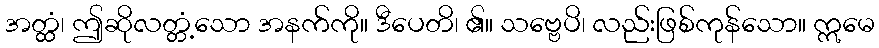
အတ္ထံ၊ ဤဆိုလတ္တံ့သော အနက်ကို။ ဒီပေတိ၊ ၏။ သဗ္ဗေပိ၊ လည်းဖြစ်ကုန်သော။ ဣမေ